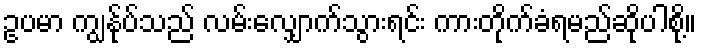
ဥပမာ ကျွနု်ပ်သည် လမ်းလျှောက်သွားရင်း ကားတိုက်ခံရမည်ဆိုပါစို့။